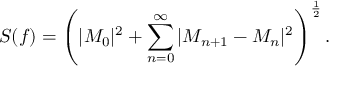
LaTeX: S ( f ) = \left( | M _ { 0 } | ^ { 2 } + \sum _ { n = 0 } ^ { \infty } | M _ { n + 1 } - M _ { n } | ^ { 2 } \right) ^ { \frac { 1 } { 2 } } .